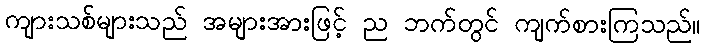
ကျားသစ်များသည် အများအားဖြင့် ည ဘက်တွင် ကျက်စားကြသည်။